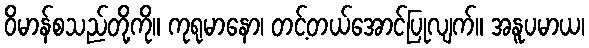
ဝိမာန်စသည်တို့ကို။ ကုရုမာနော၊ တင့်တယ်အောင်ပြုလျက်။ အနူပမာယ၊